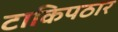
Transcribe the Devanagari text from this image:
टाकिपठार